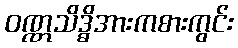
ဝဏ္ဏသိဒ္ဓိအားကစားကွင်း